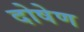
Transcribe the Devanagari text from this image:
दोषेण